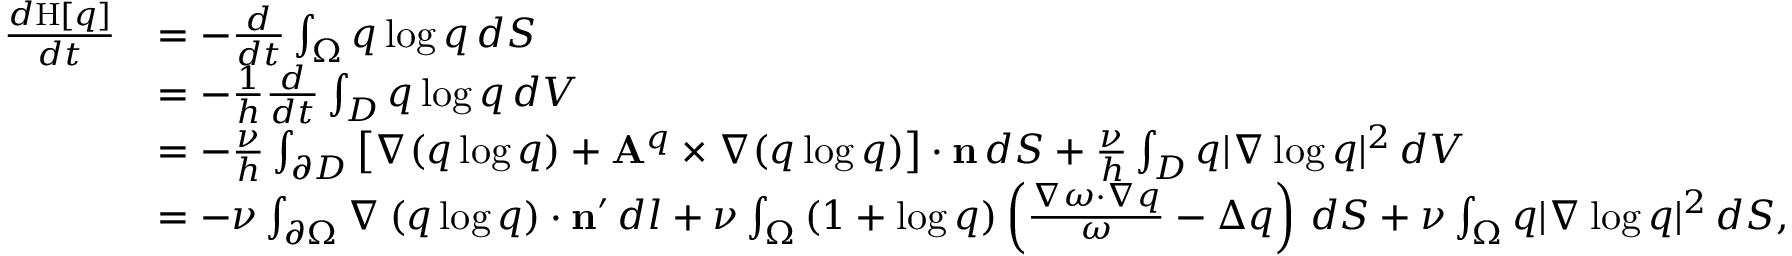
\begin{array} { r l } { \frac { d \mathrm { H } [ q ] } { d t } } & { = - \frac { d } { d t } \int _ { \Omega } q \log q \, d S } \\ & { = - \frac { 1 } { h } \frac { d } { d t } \int _ { D } q \log q \, d V } \\ & { = - \frac { \nu } { h } \int _ { \partial D } \left[ { \nabla ( q \log q ) + \mathbf { A } ^ { q } \times \nabla ( q \log q ) } \right] \cdot \mathbf { n } \, d S + \frac { \nu } { h } \int _ { D } q | \nabla \log q | ^ { 2 } \, d V } \\ & { = - \nu \int _ { \partial \Omega } \nabla \left( { q \log q } \right) \cdot \mathbf { n } ^ { \prime } \, d l + \nu \int _ { \Omega } \left( { 1 + \log q } \right) \left( { \frac { \nabla \omega \cdot \nabla q } { \omega } - \Delta q } \right) \, d S + { \nu } \int _ { \Omega } q | \nabla \log q | ^ { 2 } \, d S , } \end{array}